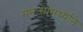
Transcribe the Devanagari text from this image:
मनःसामर्थ्याने